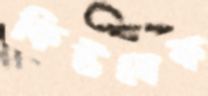
কিউসেক